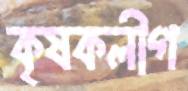
কৃষকলীগ